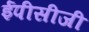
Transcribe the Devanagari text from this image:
ईपीसीजी